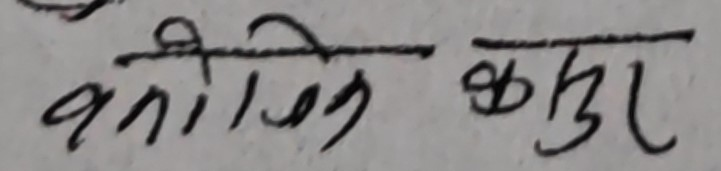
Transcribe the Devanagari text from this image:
कार्तिक कपूर